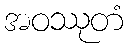
အဝဿုတံ